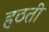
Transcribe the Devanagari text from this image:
हठती